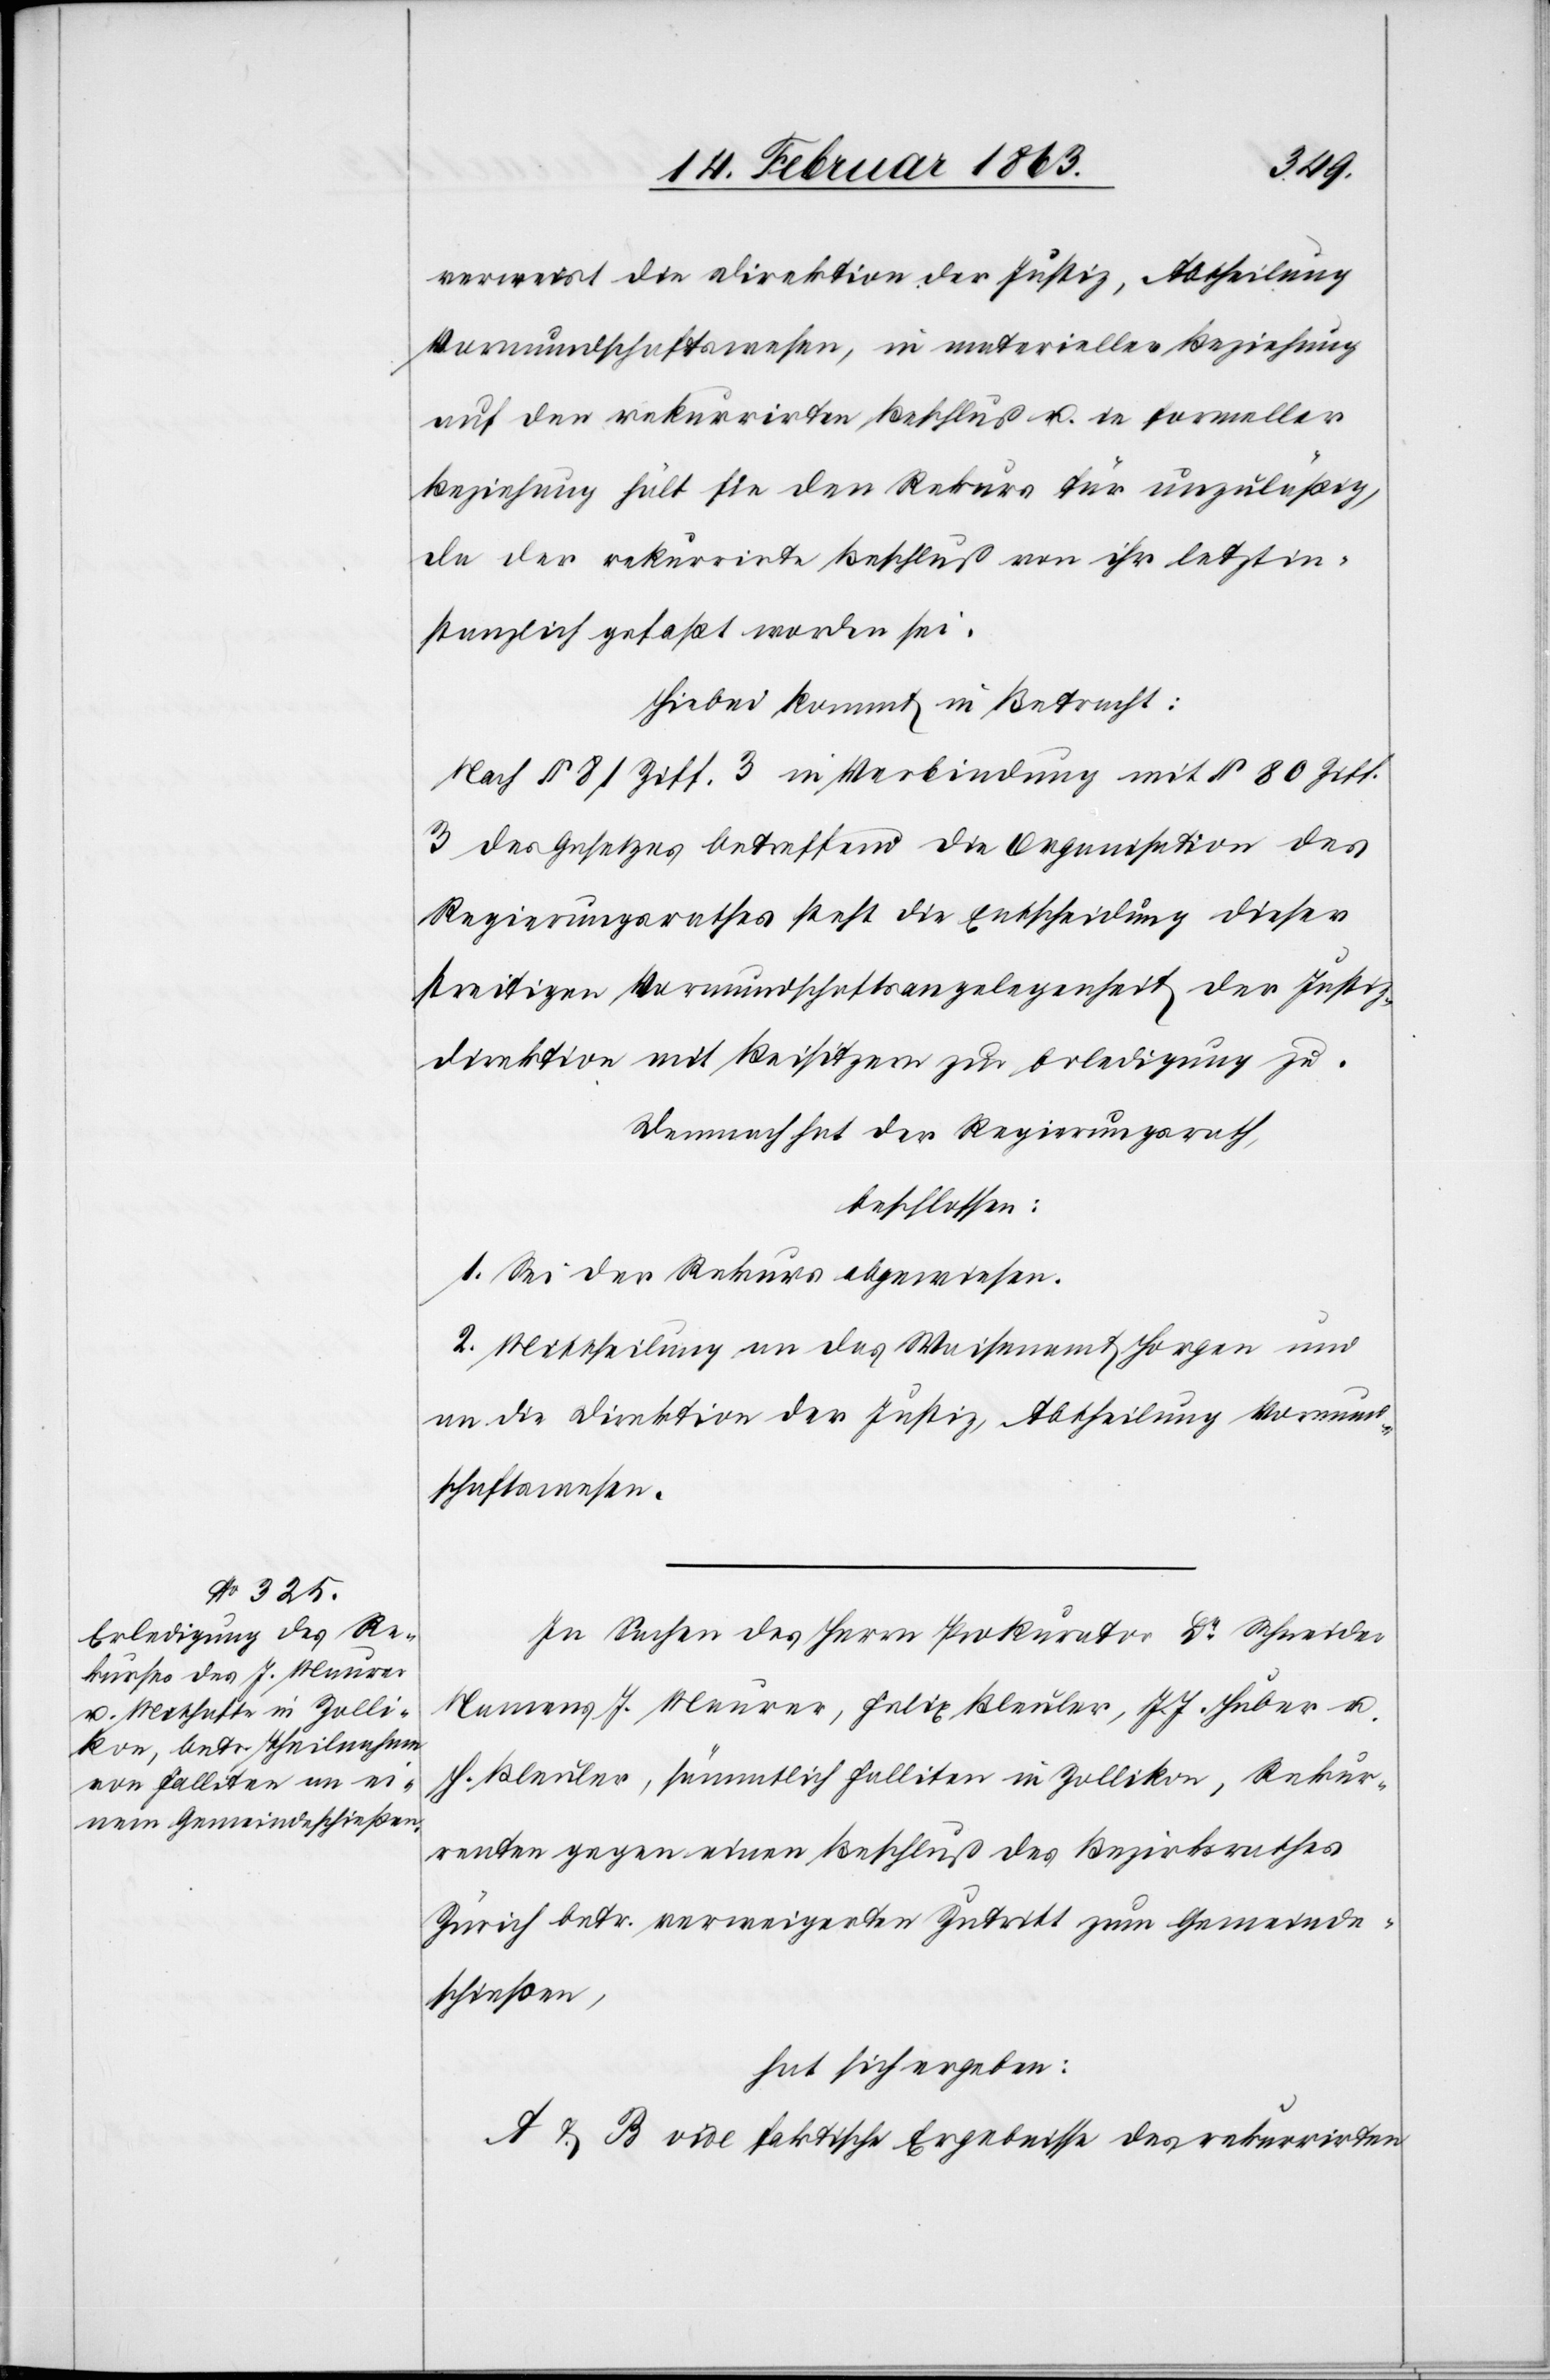
verweist die Direktion der Justiz, Abtheilung
Vormundschaftswesen, in materieller Beziehung
auf den rekurrirten Beschluß u. in formeller
Beziehung hält sie den Rekurs für unzuläßig,
da der rekurrirte Beschluß von ihr letztin¬
stanzlich gefaßt worden sei.
Hiebei kommt in Betracht:
Nach § 81 Ziff. 3 in Verbindung mit § 80 Ziff.
3 des Gesetzes betreffend die Organisation des
Regierungsrathes steht die Entscheidung dieser
streitigen Vormundschaftsangelegenheit der Justiz¬
direktion mit Beisitzern zur Erledigung zu.
Demnach hat der Regierungsrath,
beschlossen:
1. Sei der Rekurs abgewiesen.
2. Mittheilung an das Waisenamt Horgen und
an die Direktion der Justiz, Abtheilung Vormund¬
schaftswesen.
In Sachen des Herrn Prokurator Dr Schneider
Namens J. Maurer, Felix Bleuler, J. J. Huber u.
H. Bleuler, sämmtlich Falliten in Zollikon, Rekur¬
renten gegen einen Beschluß des Bezirksrathes
Zürich betr. verweigerten Zutritt zum Gemeinde¬
schießen,
hat sich ergeben:
A & B vide faktische Ergebnisse des rekurrirten